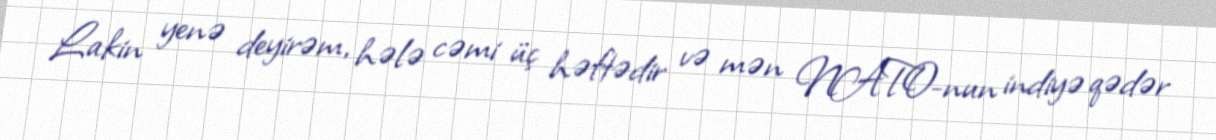
Lakin yenə deyirəm, hələ cəmi üç həftədir və mən NATO-nun indiyə qədər